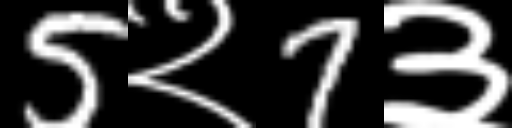
Text: 5२7३